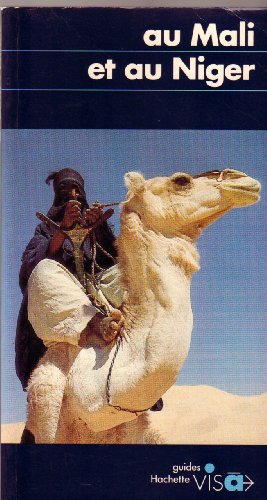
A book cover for Au Mali et au Niger (Guides bleus visa) (French Edition); Richard Noblet; Travel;